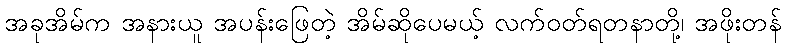
အခုအိမ်က အနားယူ အပန်းဖြေတဲ့ အိမ်ဆိုပေမယ့် လက်ဝတ်ရတနာတို့၊ အဖိုးတန်